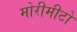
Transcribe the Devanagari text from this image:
मोरीमीटो